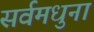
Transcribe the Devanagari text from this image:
सर्वमधुना